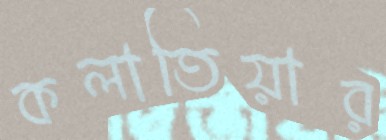
কলাতিয়ার